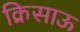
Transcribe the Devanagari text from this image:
क्रिसाऊ